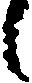
候